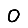
Digit: 0